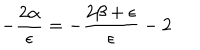
- \frac { 2 \alpha } { \epsilon } = - \frac { 2 \beta + \epsilon } { \epsilon } - 2